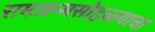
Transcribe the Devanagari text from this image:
रामजन्मसोहळ्याचा